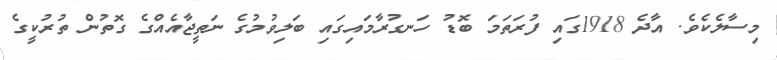
މިސާލެކެވެ. އާދެ 1918ގައި ފުރަތަމަ ބޮޑު ހަނގުރާމައިގައި ބަލިވުމުގެ ނަތީޖާއެއްގެ ގޮތުން ތުރުކީގެ